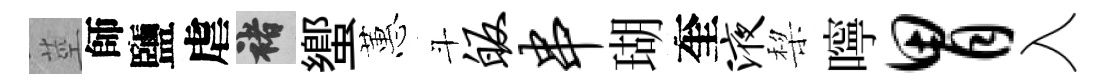
莖師鹽虐褚蠁蕙斗皈串瑚奎液棃嚀胃入